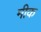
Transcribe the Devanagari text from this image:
मीक